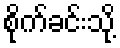
စိုက်ခင်းသို့